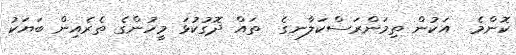
ކޮންމެ  އަކުން ތިމަންރަސްކަލާނގެ  ތައް ދޮގުކުޅަ މީހުންގެ ތެރެއިން ބަޔަކު